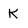
Character: K